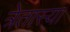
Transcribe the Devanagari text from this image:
त्रेतास्या